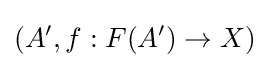
(A',f:F(A')\to X)